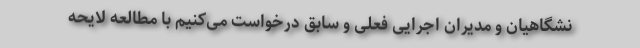
نشگاهیان و مدیران اجرایی فعلی و سابق درخواست می‌کنیم با مطالعه لایحه